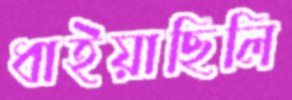
ধাইয়াছিলি